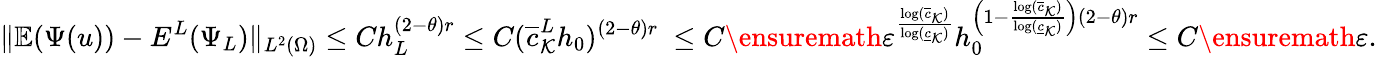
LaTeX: \| \mathbb{E}(\Psi(u))-E^{L}(\Psi_{L})\| _{L^{2}(\Omega)}\le Ch_{L}^{(2-\theta)r}\le C(\overline{c}_{\mathcal{K}}^{L}h_{0})^{(2-\theta)r}\ \le C\ensuremath{\varepsilon}^{\frac{\log(\overline{c}_{\mathcal{K}})}{\log(\underline{c}_{\mathcal{K}})}}h_{0}^{\left(1-\frac{\log(\overline{c}_{\mathcal{K}})}{\log(\underline{c}_{\mathcal{K}})}\right)(2-\theta)r}\le C\ensuremath{\varepsilon}.